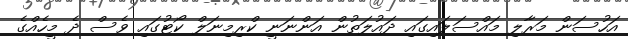
އަހުސަން މަރާލި މައްސަލައިގައި ދައުލަތުން އަންނަނީ ކްރިމިނަލް ކޯޓުގައި ވެސް ދެ މީހެއްގެ